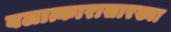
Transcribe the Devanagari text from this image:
बलात्कारासारख्या